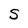
Character: S